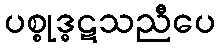
ပစ္စုဒ္ဓဋသညီပေ